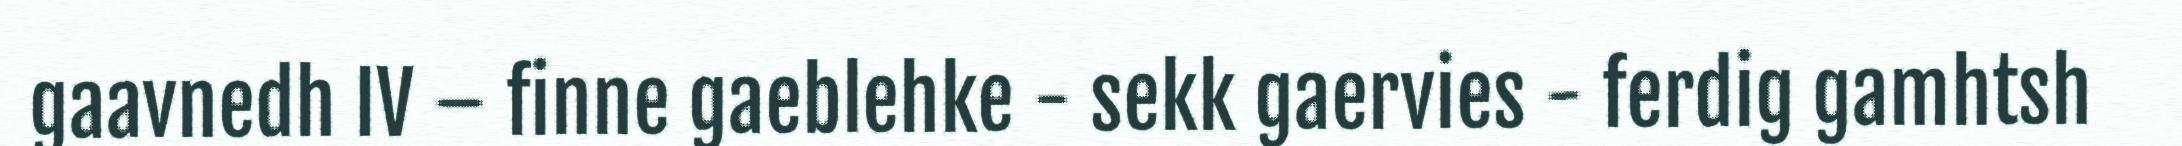
gaavnedh IV – finne gaeblehke - sekk gaervies - ferdig gamhtsh